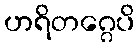
ဟရိတဂ္ဂေပိ